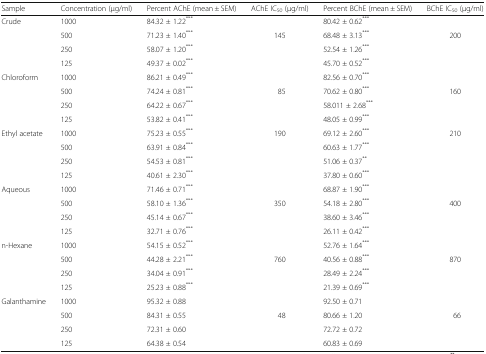
<table><thead><tr><td><b>Sample</b></td><td><b>Concentration (μg/ml)</b></td><td><b>Percent AChE (mean ± SEM)</b></td><td><b>AChE IC<sub>50</sub> (μg/ml)</b></td><td><b>Percent BChE (mean ± SEM)</b></td><td><b>BChE IC<sub>50</sub> (μg/ml)</b></td></tr></thead><tbody><tr><td rowspan="4">Crude</td><td>1000</td><td>84.32 ± 1.22<sup>***</sup></td><td></td><td>80.42 ± 0.62<sup>***</sup></td><td></td></tr><tr><td>500</td><td>71.23 ± 1.40<sup>***</sup></td><td>145</td><td>68.48 ± 3.13<sup>***</sup></td><td>200</td></tr><tr><td>250</td><td>58.07 ± 1.20<sup>***</sup></td><td></td><td>52.54 ± 1.26<sup>***</sup></td><td></td></tr><tr><td>125</td><td>49.37 ± 0.02<sup>***</sup></td><td></td><td>45.70 ± 0.52<sup>***</sup></td><td></td></tr><tr><td rowspan="4">Chloroform</td><td>1000</td><td>86.21 ± 0.49<sup>***</sup></td><td></td><td>82.56 ± 0.70<sup>***</sup></td><td></td></tr><tr><td>500</td><td>74.24 ± 0.81<sup>***</sup></td><td>85</td><td>70.62 ± 0.80<sup>***</sup></td><td>160</td></tr><tr><td>250</td><td>64.22 ± 0.67<sup>***</sup></td><td></td><td>58.011 ± 2.68<sup>***</sup></td><td></td></tr><tr><td>125</td><td>53.82 ± 0.41<sup>***</sup></td><td></td><td>48.05 ± 0.99<sup>***</sup></td><td></td></tr><tr><td rowspan="4">Ethyl acetate</td><td>1000</td><td>75.23 ± 0.55<sup>***</sup></td><td>190</td><td>69.12 ± 2.60<sup>***</sup></td><td>210</td></tr><tr><td>500</td><td>63.91 ± 0.84<sup>***</sup></td><td></td><td>60.63 ± 1.77<sup>***</sup></td><td></td></tr><tr><td>250</td><td>54.53 ± 0.81<sup>***</sup></td><td></td><td>51.06 ± 0.37<sup>**</sup></td><td></td></tr><tr><td>125</td><td>40.61 ± 2.30<sup>***</sup></td><td></td><td>37.80 ± 0.60<sup>***</sup></td><td></td></tr><tr><td rowspan="4">Aqueous</td><td>1000</td><td>71.46 ± 0.71<sup>***</sup></td><td></td><td>68.87 ± 1.90<sup>***</sup></td><td></td></tr><tr><td>500</td><td>58.10 ± 1.36<sup>***</sup></td><td>350</td><td>54.18 ± 2.80<sup>***</sup></td><td>400</td></tr><tr><td>250</td><td>45.14 ± 0.67<sup>***</sup></td><td></td><td>38.60 ± 3.46<sup>***</sup></td><td></td></tr><tr><td>125</td><td>32.71 ± 0.76<sup>***</sup></td><td></td><td>26.11 ± 0.42<sup>***</sup></td><td></td></tr><tr><td rowspan="4">n-Hexane</td><td>1000</td><td>54.15 ± 0.52<sup>***</sup></td><td></td><td>52.76 ± 1.64<sup>***</sup></td><td></td></tr><tr><td>500</td><td>44.28 ± 2.21<sup>***</sup></td><td>760</td><td>40.56 ± 0.88<sup>***</sup></td><td>870</td></tr><tr><td>250</td><td>34.04 ± 0.91<sup>***</sup></td><td></td><td>28.49 ± 2.24<sup>***</sup></td><td></td></tr><tr><td>125</td><td>25.23 ± 0.88<sup>***</sup></td><td></td><td>21.39 ± 0.69<sup>***</sup></td><td></td></tr><tr><td rowspan="4">Galanthamine</td><td>1000</td><td>95.32 ± 0.88</td><td></td><td>92.50 ± 0.71</td><td></td></tr><tr><td>500</td><td>84.31 ± 0.55</td><td>48</td><td>80.66 ± 1.20</td><td>66</td></tr><tr><td>250</td><td>72.31 ± 0.60</td><td></td><td>72.72 ± 0.72</td><td></td></tr><tr><td>125</td><td>64.38 ± 0.54</td><td></td><td>60.83 ± 0.69</td><td></td></tr></tbody></table>